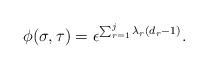
LaTeX: \begin{align*}\phi(\sigma, \tau) = \epsilon^{\sum_{r=1}^j \lambda_r (d_r - 1)}.\end{align*}